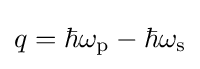
q=\hbar \omega _{\rm {p}}-\hbar \omega _{\rm {s}}